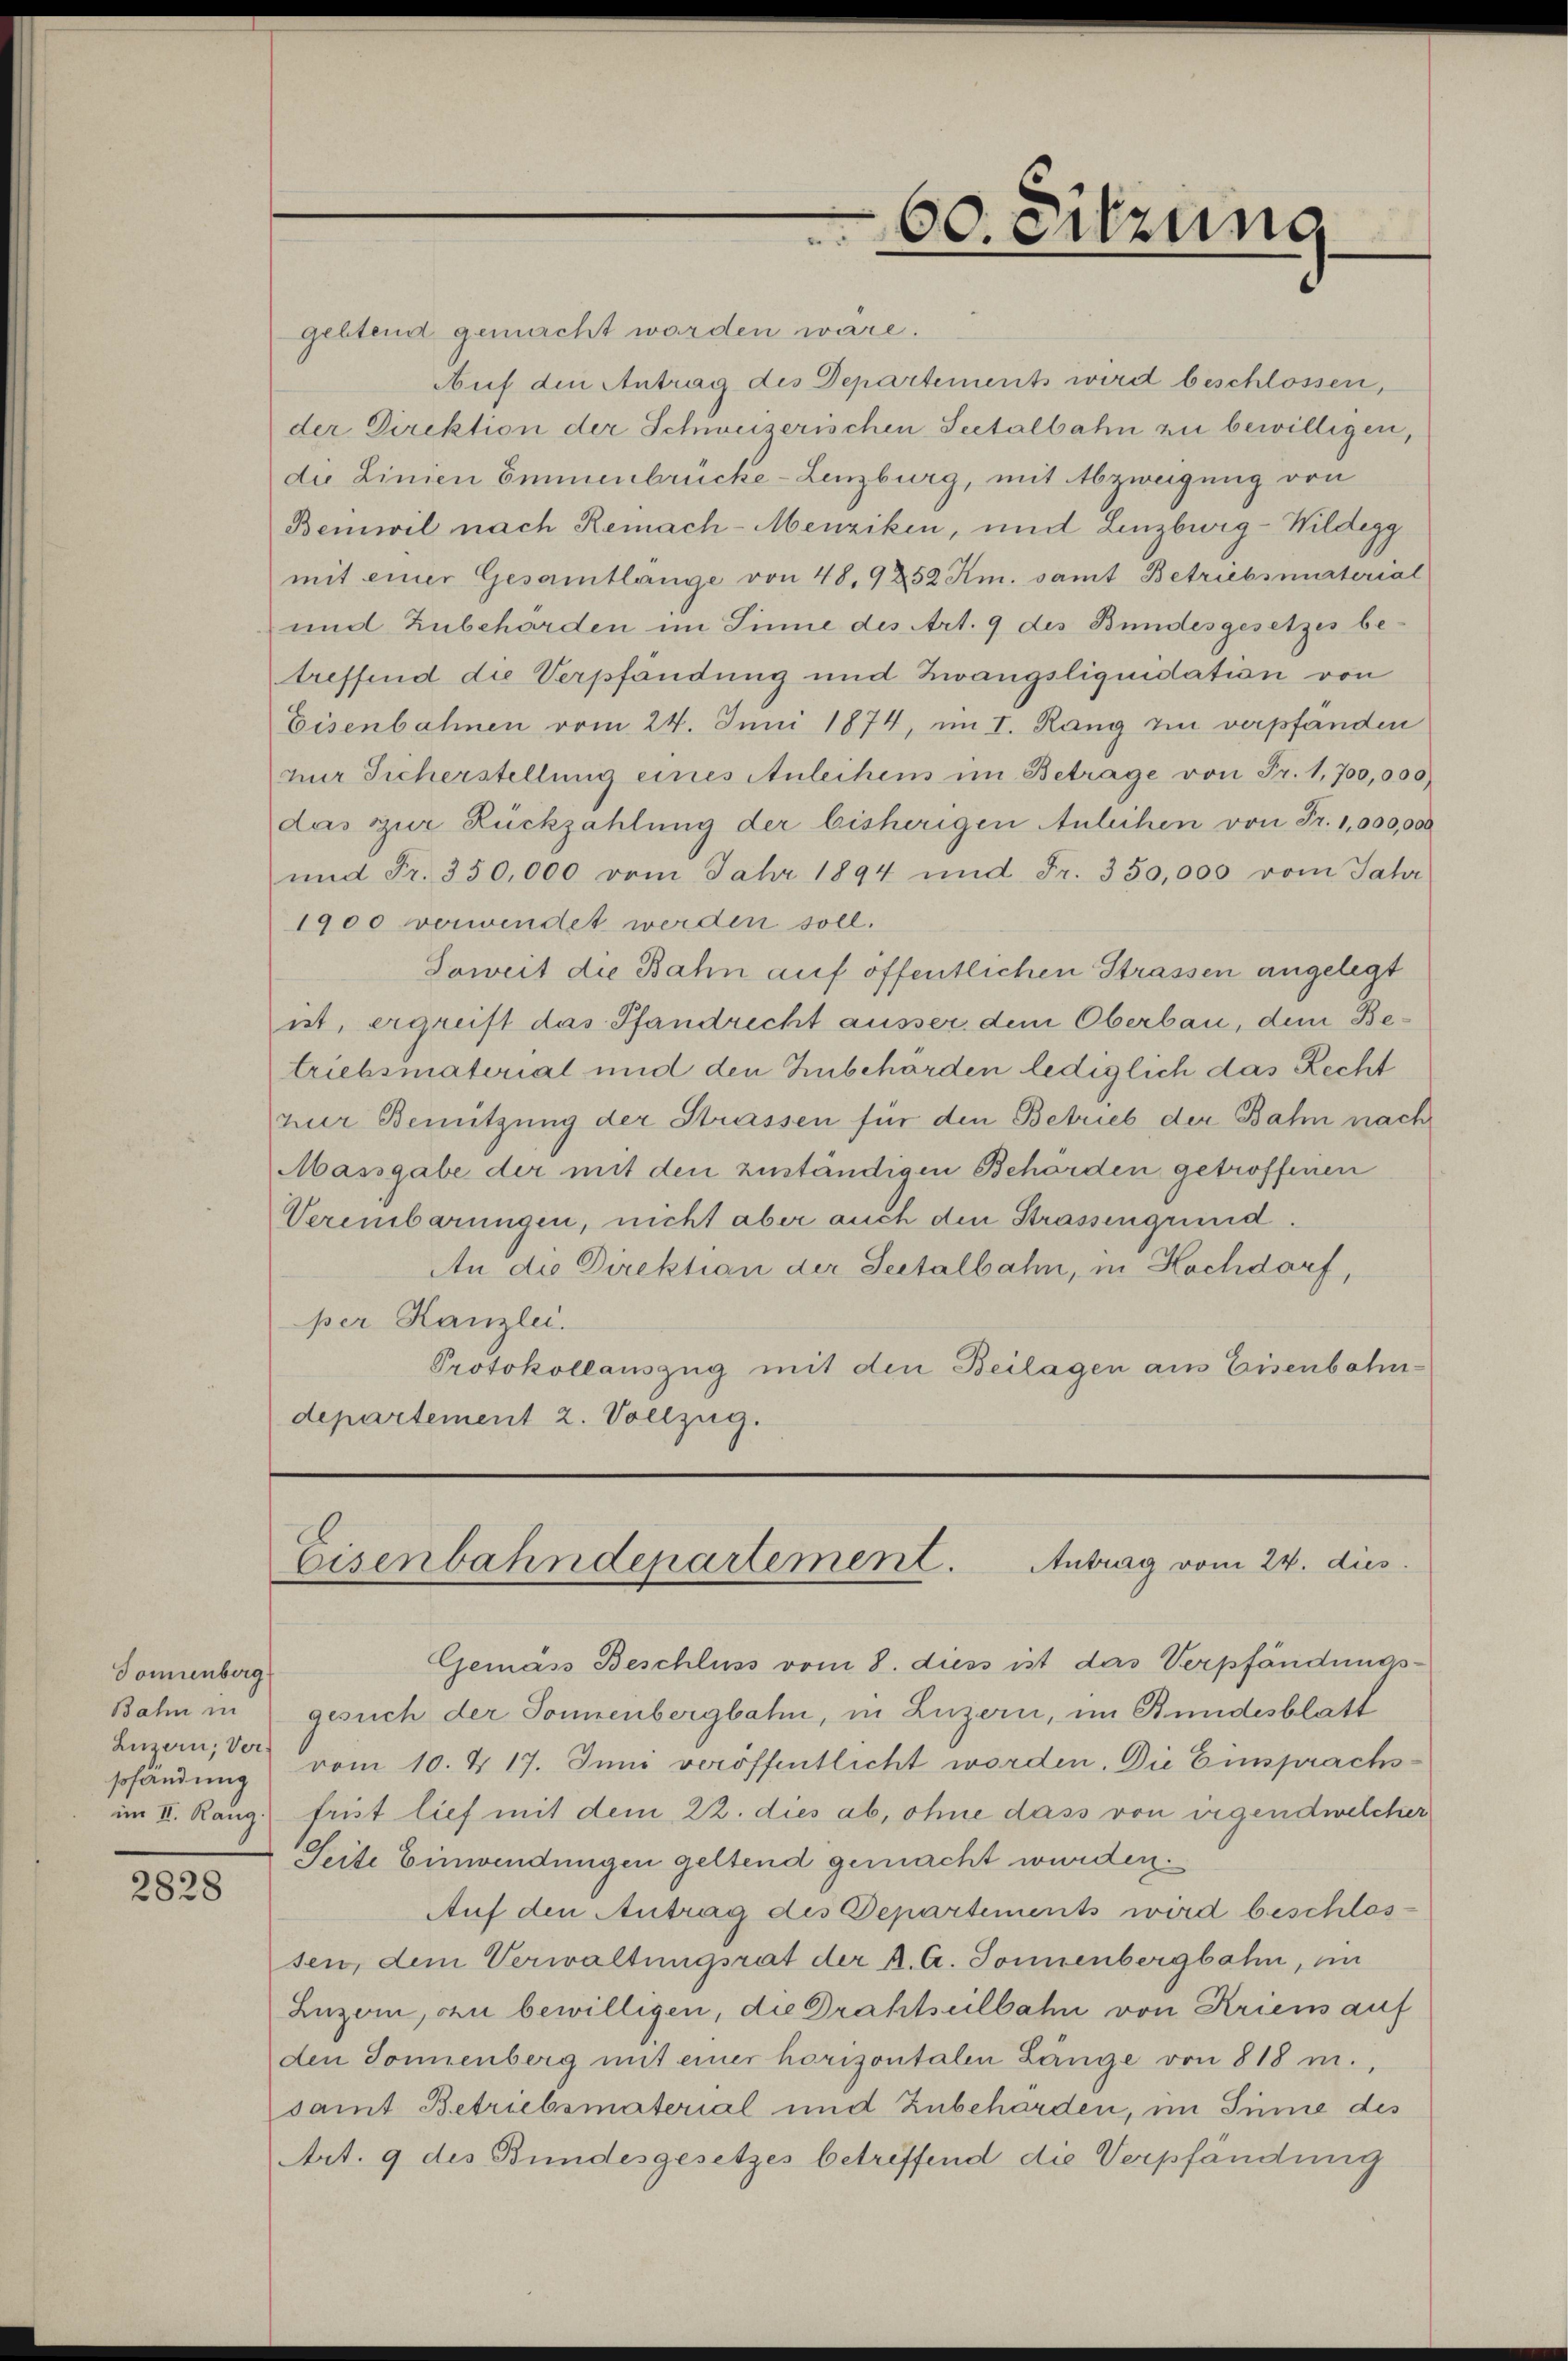
Donienberg
Bahn in
sofändung
im II. Rang.

2828

geltend gemacht worden wäre.
Auf den Antrag des Departements wird beschlossen,
der Direktion der Schweizerischen Seetalbahn zu bewilligen,
die Linien Emmenbrücke - Lenzburg, mit Abzweigung von
Bemwil nach Remach-Menziken, und Linzbwig-Wildegg
mit einer Gesamtlange von 48,9 252 Km. samt Betriebsmunterial
und Zubehörden im Sinne des Art. 9 des Bundesgesetzes betreffend die Verpfandung und Zwangsliquidation von
Eisenbahnen vom 24. Juni 1874, im I. Rang zu verpfänden
nur Sicherstellung eines Anleihens im Betrage von Fr. 1,700,000
das zur Rückzahlung der bisherigen Anleihen von Fr. 1,000,000
und Fr. 350,000 vom Jahr 1894 und Fr. 350,000 vom Jahr
1900 verwendet werden soll.
Soweit die Bahn auf öffentlichen Strassen angelegt
it, ergreift das Pfandrecht ausser dem Oberbau, dem Betriebsmatorial und den Zubehörden lediglich das Recht
nuer Benützung der Strassen für den Betrieb der Bahn nach
Massgabe der mit den zuständigen Behörden getroffenen
Vereinbarungen, nicht aber auch den Strassengrund.
An die Direktion der Seitalbahn, in Hochdorf,
per Kanzlei.
Protokollauszug mit den Beilagen aus Eisenbahn-
departement 2. Vollzug.

60. Sitzung

Eisenbahndepartement. Antrag vom 24. dies

Gemäss Beschluss vom 8. diess ist das Verpfändungsgesuch der Sonnenbergbahn, in Luzern, im Bundesblatt
Luzern, der vom 10. d. 17. Juni veröffentlicht worden. Die Einsprachsfrist lief mit dem 22. dies ab, ohne dass von irgendwelcher
Seite Einwendungen geltend gemacht wurden.
Auf den Antrag des Departements wird beschlos-
sen, dem Verwaltungsrat der K. A. Sonnenbergbahn, in
Luzern, ou bewilligen, die Drahtseilbahn von Kriens auf
den Sonnenberg mit einer horizontalen Länge von 818 m.,
samt Betriebsmatorial und Zubehörden, im Sinne des
Art. 9 des Bundesgesetzes betreffend die Verpfändung